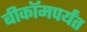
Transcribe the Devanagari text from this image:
बीकॉमपर्यंत